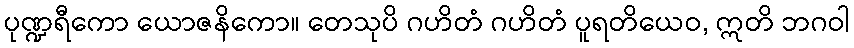
ပုဏ္ဍရီကော ယောဇနိကော။ တေသုပိ ဂဟိတံ ဂဟိတံ ပူရတိယေဝ, ဣတိ ဘဂဝါ